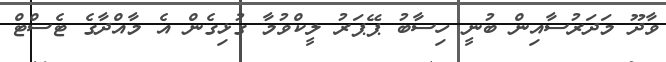
ވާދޫ މަދަރުސާއިން ބުނީ ހިސާބު ޕޭޕަރު ލީކްވުމާ ގުޅިގެން އެ މާއްދާގެ ޓެސްޓް